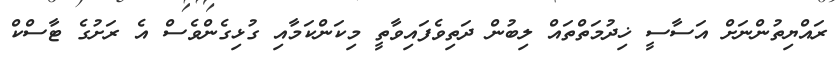
ރައްޔިތުންނަށް އަސާސީ ޚިދުމަތްތައް ލިބުން ދަތިވެފައިވާތީ މިކަންކަމާއި ގުޅިގެންވެސް އެ ރަށުގެ ޓާސްކް